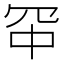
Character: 𪞑